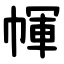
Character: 㡓